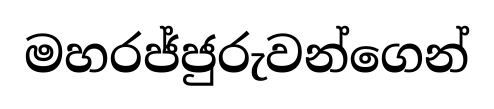
මහරජ්ජුරුවන්ගෙන්